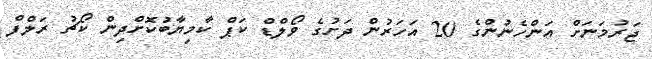
ޖަރުމަނަށް އަންހެނުންގެ 20 އަހަރުން ދަށުގެ ވޯލްޑް ކަޕް ކާމިޔާބުކޮށްދިން ކޯޗު ރަލްފް